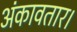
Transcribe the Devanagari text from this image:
अंकावतार।